Report on horse surra - Volume I
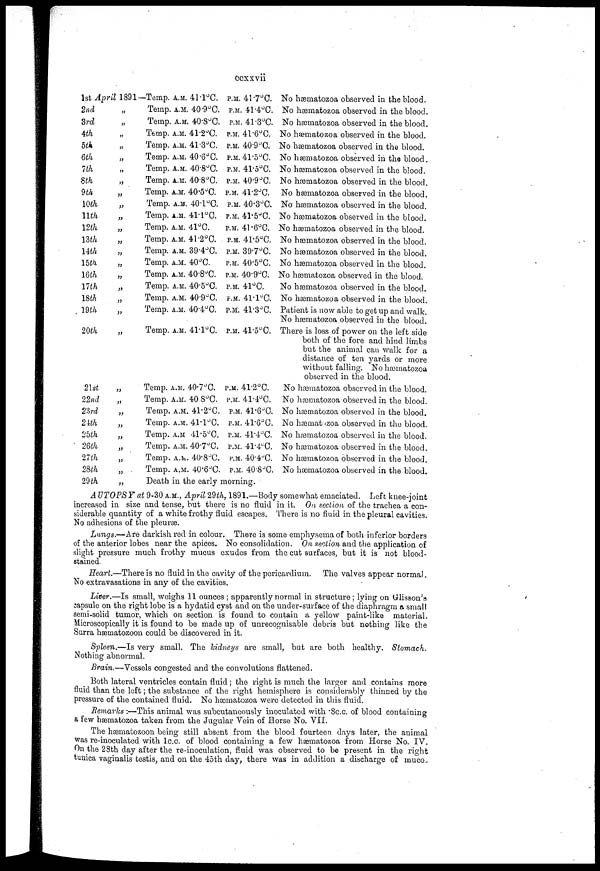
ccxxvii
1st April 1891-Temp. A.M. 41.1°C.
2nd
3rd
4th
5th
6th
7th
8th
9th
10th
11th
12th
13th
14th
15th
16th
17th
18th
19th
20th
21st
22nd
23rd
24th
25th
26th
27th
28th
29th
„
„
„
„
„
„
„
„
„
„
„
„
„
„
„
„
„
„
„
„
„
„
„
„
„
„
„
„
Temp. A.M. 40.9°C.
Temp. A.M. 40.8°C
Temp. A.M. 41.2°C.
Temp. A.M. 41.3°C
Temp. A.M. 40.6.°C
Temp. A.M. 40.8.°C
Temp. A.M. 40.8°C.
Temp. A.M. 40.5°C.
Temp. A.M. 40.1°C.
Temp. A.M. 41.1°C.
Temp. A.M. 41°C.
Temp. A.M. 41.2°C.
Temp. A.M. 39.4°C.
Temp. A.M. 40°C.
Temp. A.M. 40.8°C.
Temp. A.M. 40.5°C.
Temp. A.M. 40.9°C.
Temp. A.M. 40.4°C.
Temp. A.M. 41.1°C.
Temp. A.M. 40.7°C.
Temp. A.M. 40.8°C.
Temp. A.M. 41.2°C.
Temp. A.M. 41.1°C.
Temp. A.M. 41.5°C.
Temp. A.M. 40.7°C.
Temp. A.M. 40.8°C.
Temp. A.M. 40.6°C.
Death in the early
P.M. 41 .7°C.
P.M. 41.4°C.
P.M. 41.3°C.
P.M. 41.6°C.
P.M. 40.9°C.
P.M. 41.5°C.
P.M. 41.5°C.
P.M. 40.9°C.
P.M. 41.2°C.
P.M. 40.3°C.
P.M. 41.5°C.
P.M. 41.6°C.
P.M. 41.5°C.
P.M. 39.7°C.
P.M. 40.5°C.
P.M. 40.9°C.
P.M. 41°C.
P.M. 41.1°C.
P.M. 41.3°C.
P.M. 41.5°C.
P.M. 41.2°C.
P.M. 41.4°C.
P.M. 41.6°C.
P.M. 41.6°C.
P.M. 41.4°C.
P.M. 41.4°C.
P.M. 40.4°C.
P.M. 40.8°C.
morning.
No hæmatozoa observed in the blood.
No hæmatozoa observed in the blood.
No hæmatozoa observed in the blood.
No hæmatozoa observed in the blood.
No hæmatozoa observed in the blood.
No hæmatozoa observed in the blood.
No hæmatozoa observed in the blood.
No hæmatozoa observed in the blood.
No hæmatozoa observed in the blood.
No hæmatozoa observed in the blood.
No hæmatozoa observed in the blood.
No hæmatozoa observed in the blood.
No hæmatozoa observed in the blood.
No hæmatozoa observed in the blood.
No hæmatozoa observed in the blood.
No hæmatozoa observed in the blood.
No hæmatozoa observed in the blood.
No hæmatozoa observed in the blood.
Patient is now able to get up and walk.
No hæmatozoa observed in the blood.
There is loss of power on the left side
both of the fore and hind limbs
but the animal can walk for a
distance of ten yards or more
without falling. No hæmatozoa
observed in the blood.
No hæmatozoa observed in the blood.
No hæmatozoa observed in the blood.
No hæmatozoa observed in the blood.
No hæmatzoa observed in the blood.
No hæmatozoa observed in the blood.
No hæmatozoa observed in the blood.
No hæmatozoa observed in the blood.
No hæmatozoa observed in the blood.
AUTOPSY at 9-30 A.M., April 29th, 1891.—Body somewhat emaciated. Left knee-joint
increased in size and tense, but there is no fluid in it. On section of the trachea a con-
siderable quantity of a white frothy fluid escapes. There is no fluid in the pleural cavities.
No adhesions of the pleuræ.
Lungs.—Are darkish red in colour. There is some emphysema of both inferior borders
of the anterior lobes near the apices. No consolidation. On section and the application of
slight pressure much frothy mucus exudes from the cut surfaces, but it is not blood-
stained.
Heart.—There is no fluid in the cavity of the pericardium. The valves appear normal.
No extravasations in any of the cavities.
Liver.—Is small, weighs 11 ounces ; apparently normal in structure ; lying on Glisson's
capsule on the right lobe is a hydatid cyst and on the under-surface of the diaphragm a small
semi-solid tumor, which on section is found to contain a yellow paint-like material.
Microscopically it is found to be made up of unrecognisable debris but nothing like the
Surra hæmatozoon could be discovered in it.
Spleen.—Is very small. The kidneys are small, but are both healthy. Stomach.
Nothing abnormal.
Brain.—Vessels congested and the convolutions flattened.
Both lateral ventricles contain fluid ; the right is much the larger and contains more
fluid than the left; the substance of the right hemisphere is considerably thinned by the
pressure of the contained fluid. No hæmatozoa were detected in this fluid.
Remarks :—This animal was subcutaneously inoculated with .8 c.c. of blood containing
a few hæmatozoa taken from the Jugular Vein of Horse No. VII.
The hæmatozoon being still absent from the blood fourteen days later, the animal
was re-inoculated with 1 c.c. of blood containing a few hæmatozoa from Horse No. IV.
On the 28th day after the re-inoculation, fluid was observed to be present in the right
tunica vaginalis testis, and on the 45th day, there was in addition a discharge of muco.